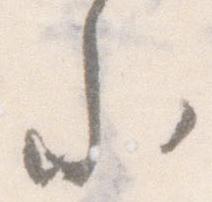
参